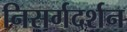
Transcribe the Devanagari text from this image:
निसर्गदर्शन